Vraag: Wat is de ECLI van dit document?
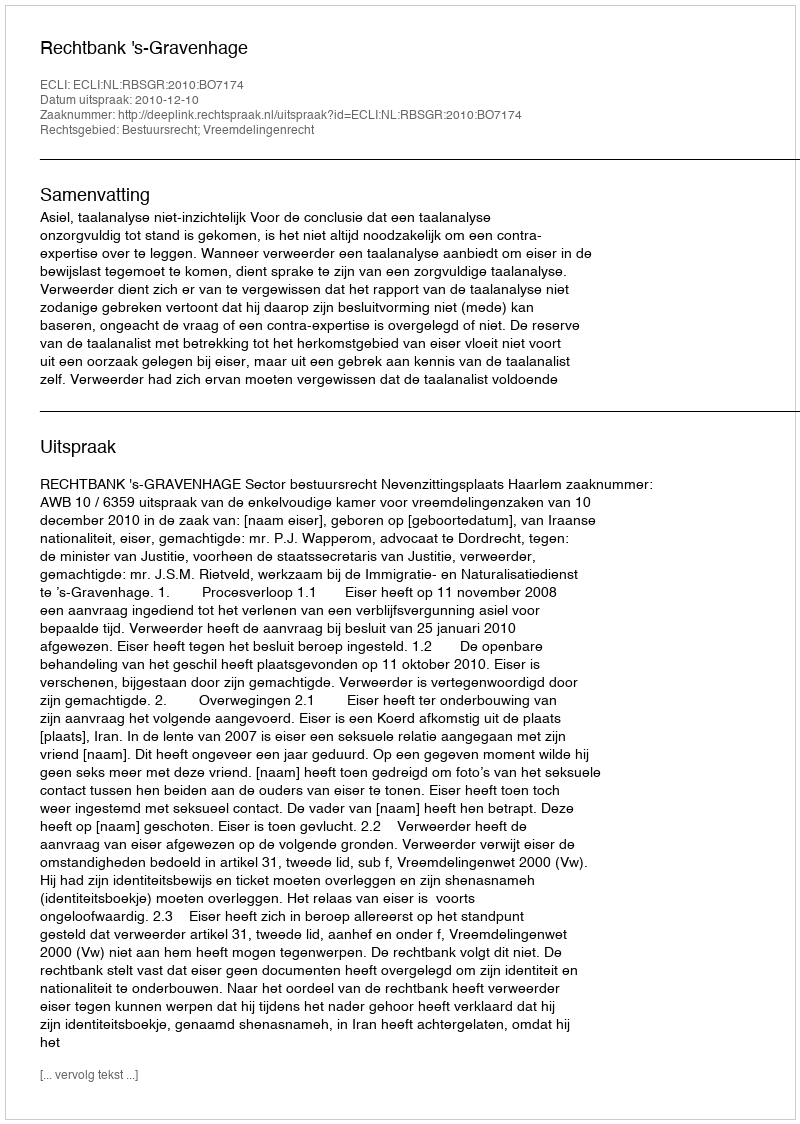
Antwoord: ECLI:NL:RBSGR:2010:BO7174